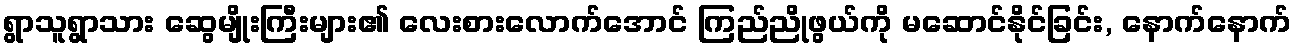
ရွာသူရွာသား ဆွေမျိုးကြီးများ၏ လေးစားလောက်အောင် ကြည်ညိုဖွယ်ကို မဆောင်နိုင်ခြင်း, နောက်နောက်